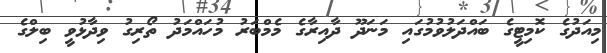
މިއަދުގެ ކޮމިޓީގެ ބައްދަލުވުމުގައި މަނަދޫ ދާއިރާގެ މެމްބަރު މުހައްމަދު ތޯރިގު ވިދާޅުވީ ބިލްގެ